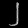
Digit: ၂